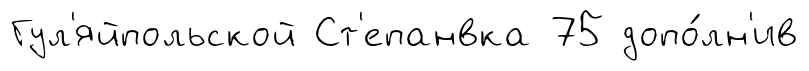
Гул'яйпольской Ст'епанвка 75 допо́лн'ив